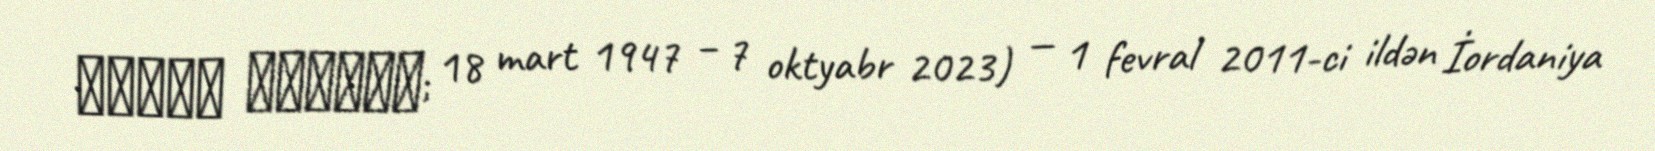
معروف البخيت; 18 mart 1947 – 7 oktyabr 2023) — 1 fevral 2011-ci ildən İordaniya